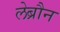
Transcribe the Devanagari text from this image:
लेब्रौन